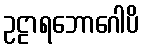
ဥဠာရဘောဂေါပိ